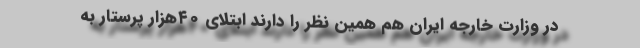
در وزارت خارجه ایران هم همین نظر را دارند ابتلای ۴۰هزار پرستار به